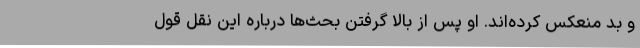
و بد منعکس کرده‌اند. او پس از بالا گرفتن بحث‌ها درباره این نقل قول